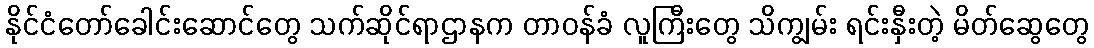
နိုင်ငံတော်ခေါင်းဆောင်တွေ သက်ဆိုင်ရာဌာနက တာဝန်ခံ လူကြီးတွေ သိကျွမ်း ရင်းနှီးတဲ့ မိတ်ဆွေတွေ